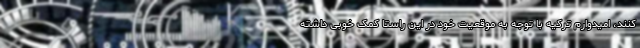
کنند، امیدوارم ترکیه با توجه به موقعیت خود در این راستا کمک خوبی داشته